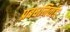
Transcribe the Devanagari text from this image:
प्रबधनिर्वाह